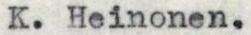
K. Heinonen.